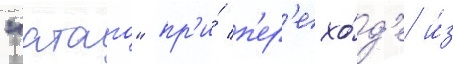
"атаго" пр'и́ п'ер'ехо́д'е и́з